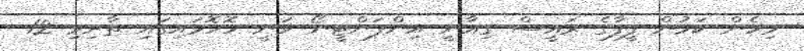
މިހެން ކަމުން ފީފާގެ ރައީސް ގިއާނީ އިންފަންޓީނޯ ވަނީ ހޮހޮޅައިގައި ތާށިވި 12